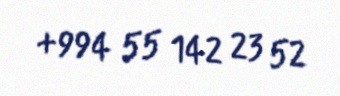
+994 55 142 23 52